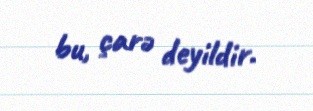
bu, çarə deyildir.